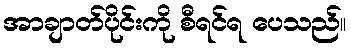
အာချာတ်ပိုင်းကို စီရင်ရ ပေသည်။